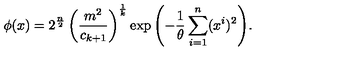
\phi ( x ) = 2 ^ { \frac { n } { 2 } } \left( \frac { m ^ { 2 } } { c _ { k + 1 } } \right) ^ { \frac { 1 } { k } } \exp { \left( - \frac { 1 } { \theta } \sum _ { i = 1 } ^ { n } ( x ^ { i } ) ^ { 2 } \right) } .